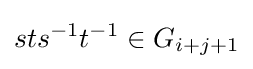
sts^{-1}t^{-1}\in G_{i+j+1}